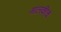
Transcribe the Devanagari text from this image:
मालकीचं